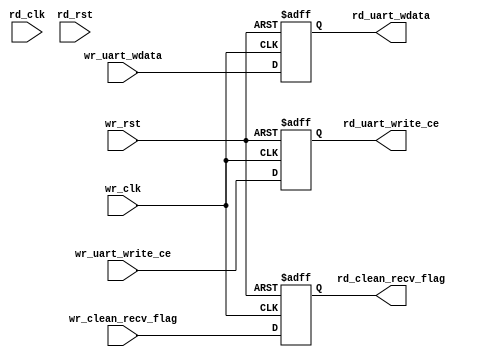
module uart_asyn_ram(
    input wire wr_clk,
    input wire wr_rst,
    input wire wr_uart_write_ce,
    input wire wr_clean_recv_flag,
    input wire [7:0] wr_uart_wdata,

    input wire rd_clk,
    input wire rd_rst,
    output wire rd_uart_write_ce,
    output wire rd_clean_recv_flag,
    output wire [7:0] rd_uart_wdata
);

reg t_uart_write_ce;
reg t_clean_recv_flag;
reg [7:0] t_uart_wdata;


always @(posedge wr_clk or posedge wr_rst) begin 
    if (wr_rst == 1'b0) begin 
        t_uart_write_ce <= wr_uart_write_ce;
        t_clean_recv_flag <= wr_clean_recv_flag;
        t_uart_wdata <= wr_uart_wdata;
    end
    else begin 
        t_uart_wdata <= 8'd0;
        t_clean_recv_flag <= 1'b0;
        t_uart_write_ce <= 1'b0;
    end
end

assign rd_uart_write_ce = t_uart_write_ce;
assign rd_clean_recv_flag = t_clean_recv_flag;
assign rd_uart_wdata = t_uart_wdata;

endmodule